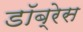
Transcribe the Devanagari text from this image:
डॉब्रेस